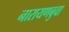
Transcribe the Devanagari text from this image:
नारायणबुवा